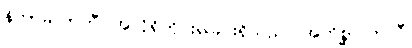
နိကာမလာဘီ၊ အလိုရှိတိုင်းရခြင်းရှိသည်။ အကိစ္ဆာလာလီ၊